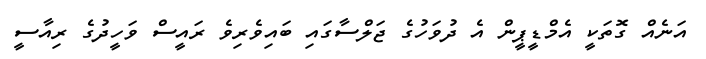
އަނެއް ގޮތަކީ އެމްޑީޕީން އެ ދުވަހުގެ ޖަލްސާގައި ބައިވެރިވެ ރައީސް ވަހީދުގެ ރިއާސީ